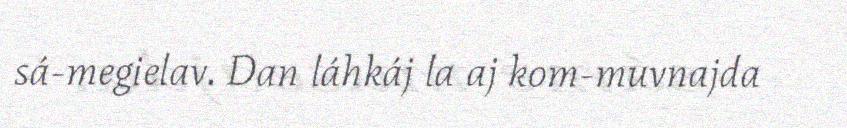
sá-megielav. Dan láhkáj la aj kom-muvnajda